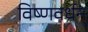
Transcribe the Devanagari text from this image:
विष्णवर्धन्